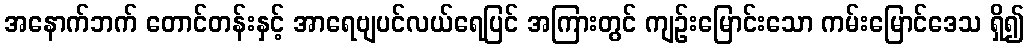
အနောက်ဘက် တောင်တန်းနှင့် အာရေဗျပင်လယ်ရေပြင် အကြားတွင် ကျဉ်းမြောင်းသော ကမ်းမြောင်ဒေသ ရှိ၍